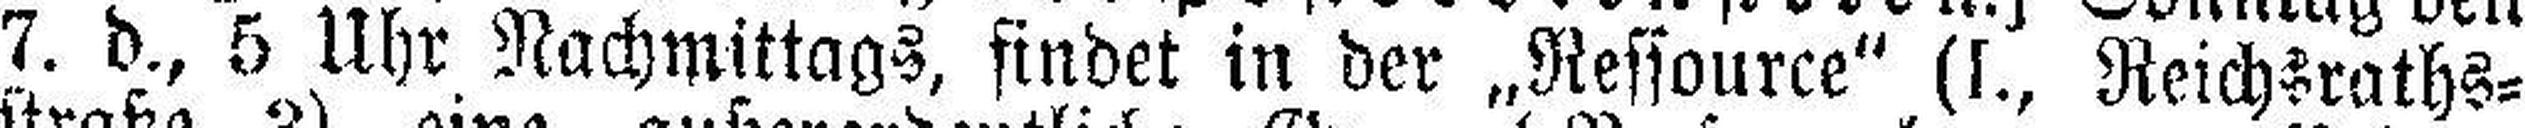
7. d., 5 Uhr Nachmittags, findet in der „Ressource“ (I., Reichsraths¬